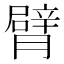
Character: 臂